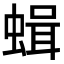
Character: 𧎎